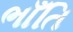
ભાઁતિ